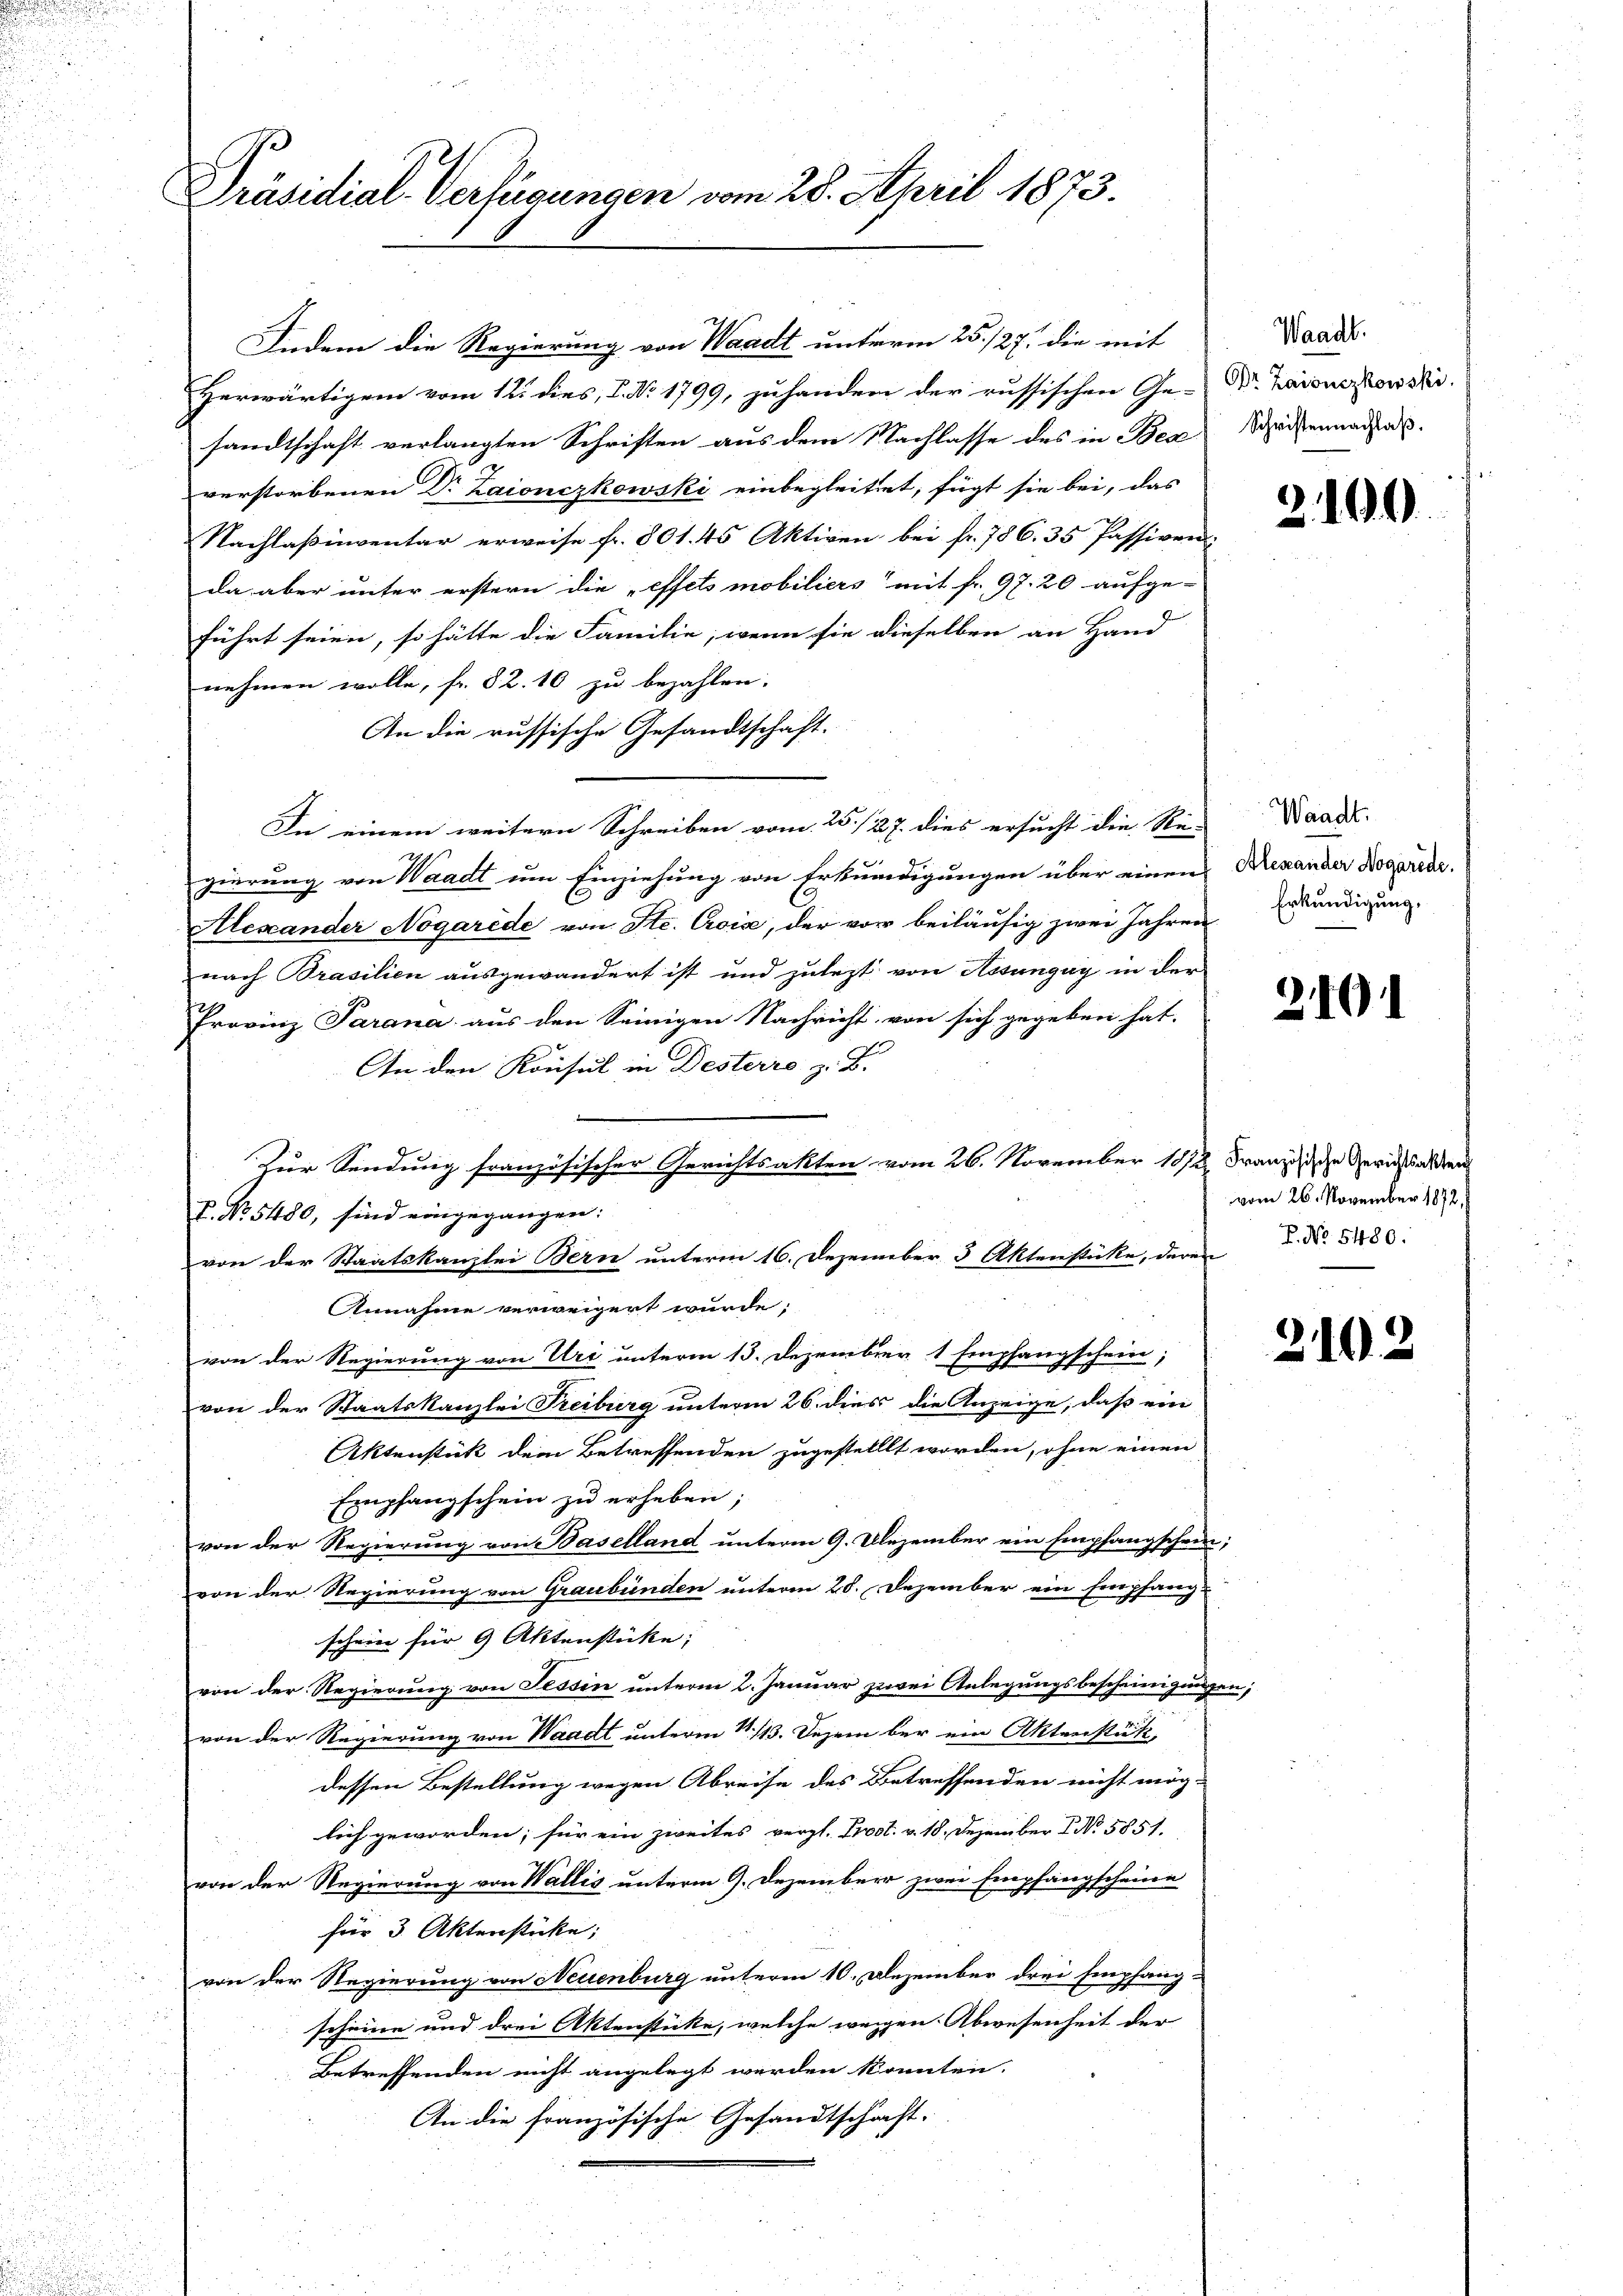
Präsidial-Verfügungen vom 28. April 1873.

Indem die Regierung von Waadt unterm 25. 127. die mit
Herwärtigem vom 12. dies, P. Nr. 1799, zu handen der russischen Ge-Dr. Haionczkowski.
sandtschaft verlangten Schriften aus dem Nachlasse des in Bear Schriftennach
verstorbenen Dr. Laionczkowski einbegleitet, fügt sie bei, das
Nachlaßinventar erweise fr. 801. 45 Aktiven bei fr. 786. 35 Passiven.
da aber unter erstern die „effets mobiliers mit fr. 97. 20 aufge-
führt seien, so hätte die Familie, wenn sie dieselben an Hand
nehmen wolle, fr. 82. 10 zu bezahlen.
An die russische Gesandtschaft.
In einem weitern Schreiben vom 25. /27. dies ersucht die Re-
gierung von Waadt um Einziehung von Erkundigungen über einen Nexander Dogarede.
E
Alexander Nogarede von Ste. Croix, der vor beiläufig zwei Jahren
nach Prasilien ausgewandert ist und zulezt von Aosungay in der
Provinz Sarana aus den Seinigen Nachricht von sich gegeben hat.
An den Konsul in Desterre z. Z.
Zur Sendung französischer Gerichtsakten vom 26. November 1812. Franzische Gerichtsalten
P. Nr. 5480, sind eingegangen:
von der Staatskanzlei Bern unterm 16. Dezember 3 Aktenstüke, deren N. 530.
Annahme verweigert wurde;
von der Regierung von Uri unterm 13. Dezember 1 Empfangschein;
von der Staatskanzlei Treiburg unterm 26. dies die Anzeige, daß ein
Aktenstück dem Betreffenden zugestellt worden, ohne einen
Empfangschein zu erheben;
von der Regierung von Baselland unterm 9. Dezember ein Empfangschein;
von der Regierung von Graubünden unterm 28. Dezember ein Empfang-
schein für 9 Aktenstücke; |
von der Regierung von Tessin unterm 2. Januar zurei Anlegungsbescheinigungen,
von der Regierung von Waadt unterm 11./13. Dezember ein Aktenstük
dessen Bestellung wegen Abreise des Betreffenden nicht mög-
lich geworden; für ein zweites vergl. Prost. v. 18. Dezember No. 5851.
von der Regierung von Wallis unterm 9. Dezember zwei Empfangscheine
für 3 Aktenstücke;
von der Regierung von Neuenburg unterm 10. Dezember drei Empfang-
scheine und drei Aktenstücke, welche wegen Abwesenheit der
Betreffenden nicht angelegt werden könnten.
An die französische Gesandtschaft.

Waadt.

2.190

Waadt.
Erkundigung.

2.10

vom 26. November 1872,

210.